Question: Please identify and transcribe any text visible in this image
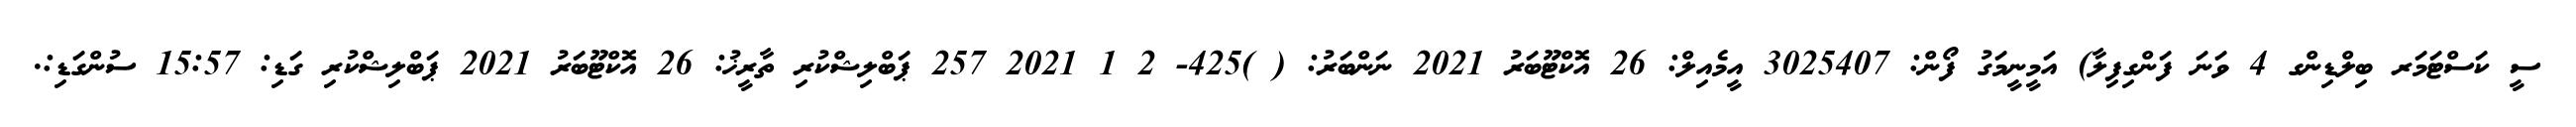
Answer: ސީ ކަސްޓަމަރ ބިލްޑިންގ 4 ވަނަ ފަންގިފިލާ) އަމީނީމަގު ފޯން: 3025407 އީމެއިލް: 26 އޮކްޓޫބަރު 2021 ނަންބަރު: ( )425- 2 1 2021 257 ޕަބްލިޝްކުރި ތާރީޚު: 26 އޮކްޓޫބަރު 2021 ޕަބްލިޝްކުރި ގަޑި: 15:57 ސުންގަޑި:.